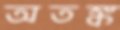
অতঙ্ক